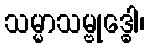
သမ္မာသမ္ဗုဒ္ဓေါ၊